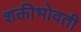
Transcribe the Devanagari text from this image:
शक्तीभोवती